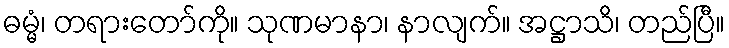
ဓမ္မံ၊ တရားတော်ကို။ သုဏမာနာ၊ နာလျက်။ အဋ္ဌာသိ၊ တည်ပြီ။